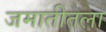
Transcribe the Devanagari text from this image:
जमातीतला